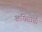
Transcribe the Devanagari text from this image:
अधिष्ठाती